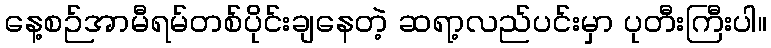
နေ့စဉ်အာမီရမ်တစ်ပိုင်းချနေတဲ့ ဆရာ့လည်ပင်းမှာ ပုတီးကြီးပါ။